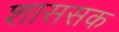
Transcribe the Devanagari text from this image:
शाससक